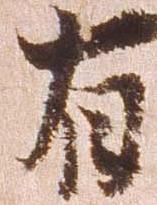
有